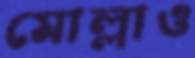
মোল্লাও